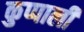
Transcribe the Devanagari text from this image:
कुप्पाली